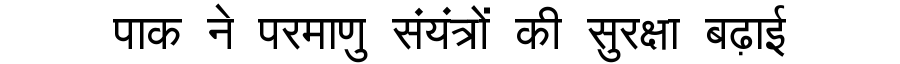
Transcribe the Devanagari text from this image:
पाक ने परमाणु संयंत्रों की सुरक्षा बढ़ाई